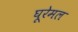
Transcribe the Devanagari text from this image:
घूरेमल